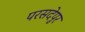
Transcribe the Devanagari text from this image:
परसदेपुर